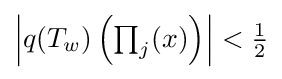
{\textstyle \left|q(T_{w})\left(\prod _{j}(x)\right)\right|<{\tfrac {1}{2}}}